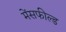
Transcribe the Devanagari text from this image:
मेंसफील्ड